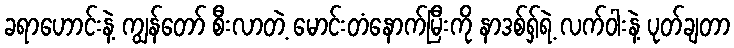
ခရာဟောင်းနဲ့ ကျွန်တော် စီးလာတဲ့ မောင်းတံနောက်မြီးကို နာဒစ်ရှ်ရဲ့ လက်ဝါးနဲ့ ပုတ်ချတာ